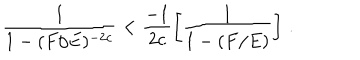
\frac { 1 } { 1 - ( F / E ) ^ { - 2 c } } < \frac { - 1 } { 2 c } \left[ \frac { 1 } { 1 - ( F / E ) } \right] \, .